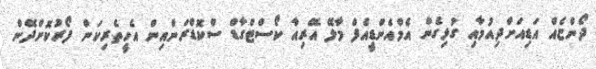
ދޯންޏެއް އަޑިއަށްދިއުމާއި ގުޅިގެން އެމްއެންޑީއެފް މާލޭ އޭރިއާ ކޯސްޓްގާޑް ސްކޮޑްރަންއިން އެހީތެރިކަން ފޯރުކޮށްދޭން